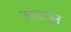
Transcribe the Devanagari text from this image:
ल्हातसुन